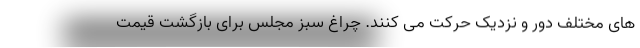
های مختلف دور و نزدیک حرکت می کنند. چراغ سبز مجلس برای بازگشت قیمت